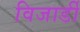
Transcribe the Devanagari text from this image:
विजार्डी